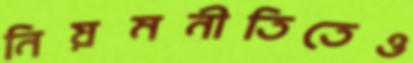
নিয়মনীতিতেও